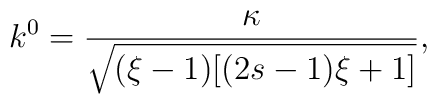
k^{0}=\frac{\kappa}{\sqrt{(\xi-1)[(2s-1)\xi+1]}},